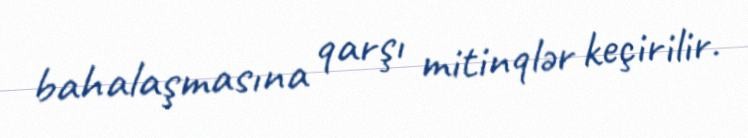
bahalaşmasına qarşı mitinqlər keçirilir.